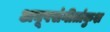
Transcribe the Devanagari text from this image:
अनूपसंगीतांकुश